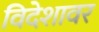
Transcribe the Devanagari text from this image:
विदेशावर